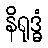
နိရုဒ္ဓံ